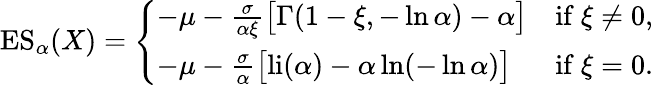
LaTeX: \operatorname{ES}_{\alpha}(X)={\left\{ \begin{array}{ll}{-\mu-{\frac{\sigma}{\alpha\xi}}{\big[}\Gamma(1-\xi,-\ln\alpha)-\alpha{\big]}}&{{\mathrm{if~}}\xi\neq 0,}\\ {-\mu-{\frac{\sigma}{\alpha}}{\big[}{\mathrm{li}}(\alpha)-\alpha\ln(-\ln\alpha){\big]}}&{{\mathrm{if~}}\xi=0.}\end{array}\right.}